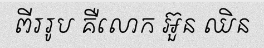
ពីររូប គឺលោក អ៊ួន ឈិន